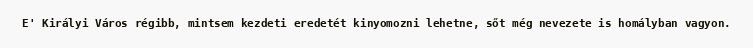
E' Királyi Város régibb, mintsem kezdeti eredetét kinyomozni lehetne, sőt még nevezete is homályban vagyon.